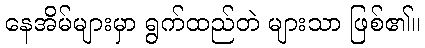
နေအိမ်များမှာ ရွက်ထည်တဲ များသာ ဖြစ်၏။